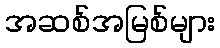
အဆစ်အမြစ်များ